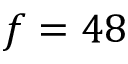
f = 4 8